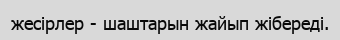
жесірлер - шаштарын жайып жібереді.